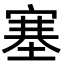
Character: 塞